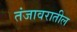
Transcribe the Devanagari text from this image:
तंजावरातील